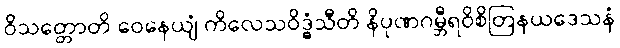
ဝိသတ္တောတိ ဝေနေယျံ ကိလေသဝိဒ္ဓံသီတိ နိပုဏဂမ္ဘီရဝိစိတြနယဒေသနံ